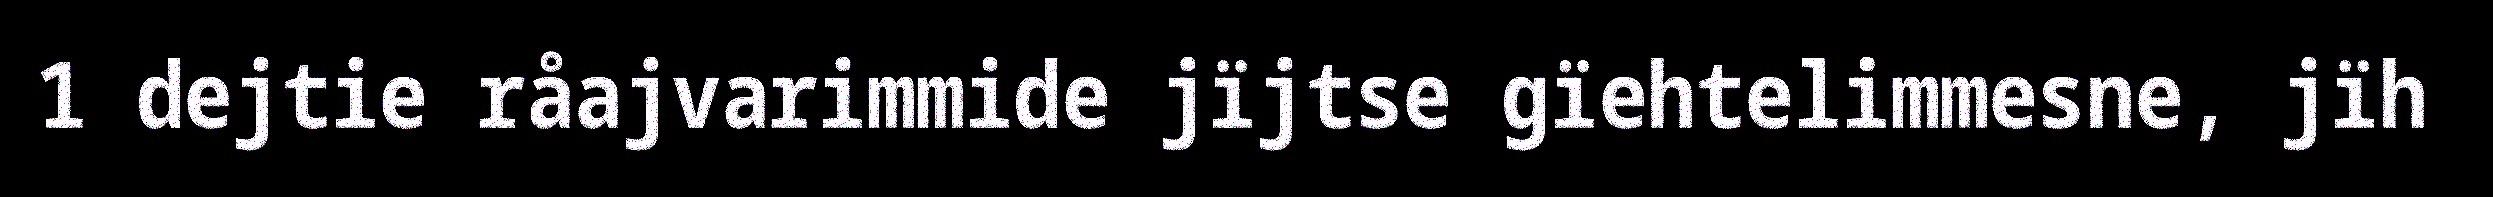
1 dejtie råajvarimmide jïjtse gïehtelimmesne, jïh